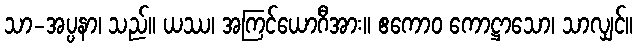
သာ-အပ္ပနာ၊ သည်။ ယဿ၊ အကြင်ယောဂီအား။ ဧကောဝ ကောဋ္ဌာသော၊ သာလျှင်။